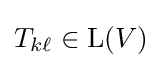
T_{k\ell }\in \operatorname {L} (V)